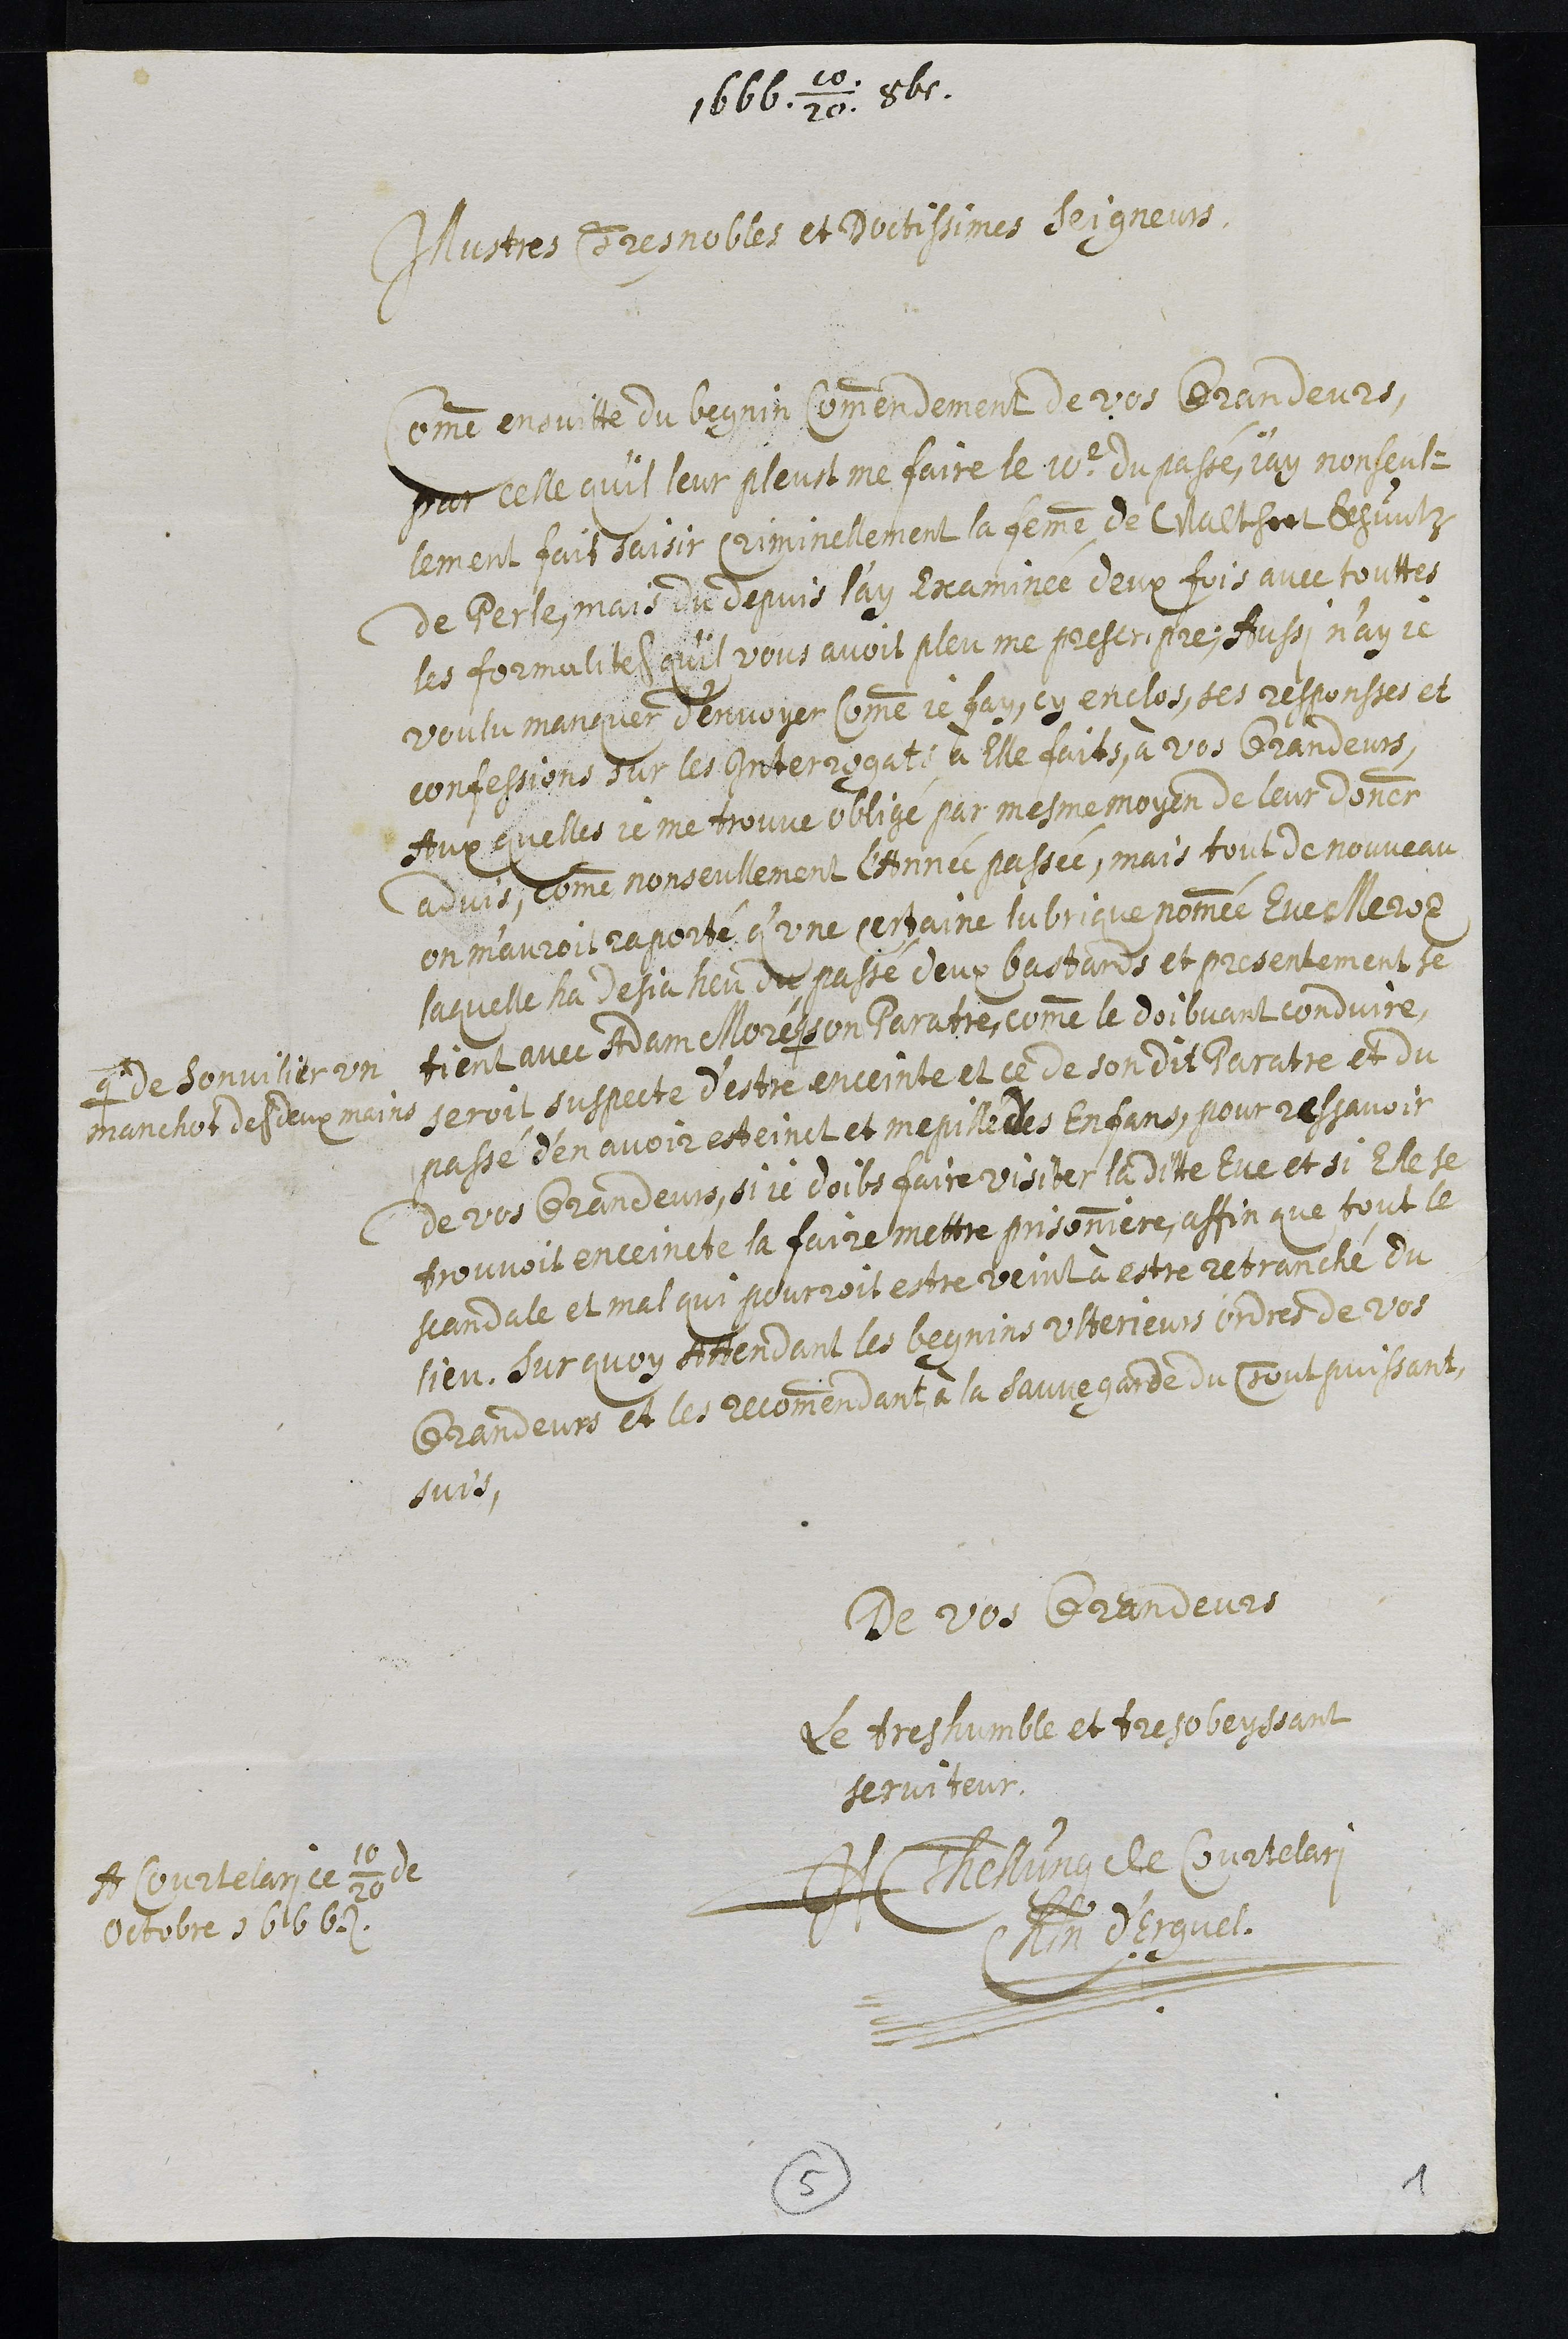
1666. 10/20 8be.
Illustres Tres Nobles et Doctissimes Seigneurs,
Comme ensuitte du Begnin Commendement de vos Grandeurs,
par celle qu'il leur pleust me faire le 10e du passé, j'ay non seule¬
lement fait saisir criminellement la femme de Walthert Khuntz
de Perle, mais du depuis l’ay Examinée deux fois avec touttes
les formalites qu'il vous avoit pleu me prescripre; Aussi n’ay je
voulu manquer d’envoyer comme je fay, cy enclos, ses responsses et
confessions sur les Interrogats à Elle faits, à Vos Grandeurs,
Aux quelles je me trouve obligé par mesme moyen de leur donner
advis, comme non seullement l’Année passée, mais tout de nouveau
on m'auroit raporté qu’une certaine lubrique nommée Eve Meroz
laquelle ha desja heu du passé deux bastards et presentement se
tient avec Adam Moré #
# de Sonvilier un
manchot de deux mains
son Paratre comme le doibvant conduire,
seroit suspecte d’estre enceinte et ce de son dit Paratre et du
passé d’en avoir esteint et mepillé des enfans, pour ressavoir
de vos Grandeurs, si je doibs faire visiter laditte Eve et si Elle se
trouvoit enceincte la faire mettre prisonniere, affin que tout le
scandale et mal qui pourroit estre veint à estre retranché du
lieu. Sur quoy Attendant les begnins ulterieurs ordres de vos
Grandeurs et les recommendant à la sauvegarde du Tout puissant,
suis
De vos Grandeurs
Le tres humble et tresobeyssant
serviteur
JH Tellung de Courtelari
Chatelain d'Erguel.
A Courtelari ce 10/20 de
Octobre 1666
5
1